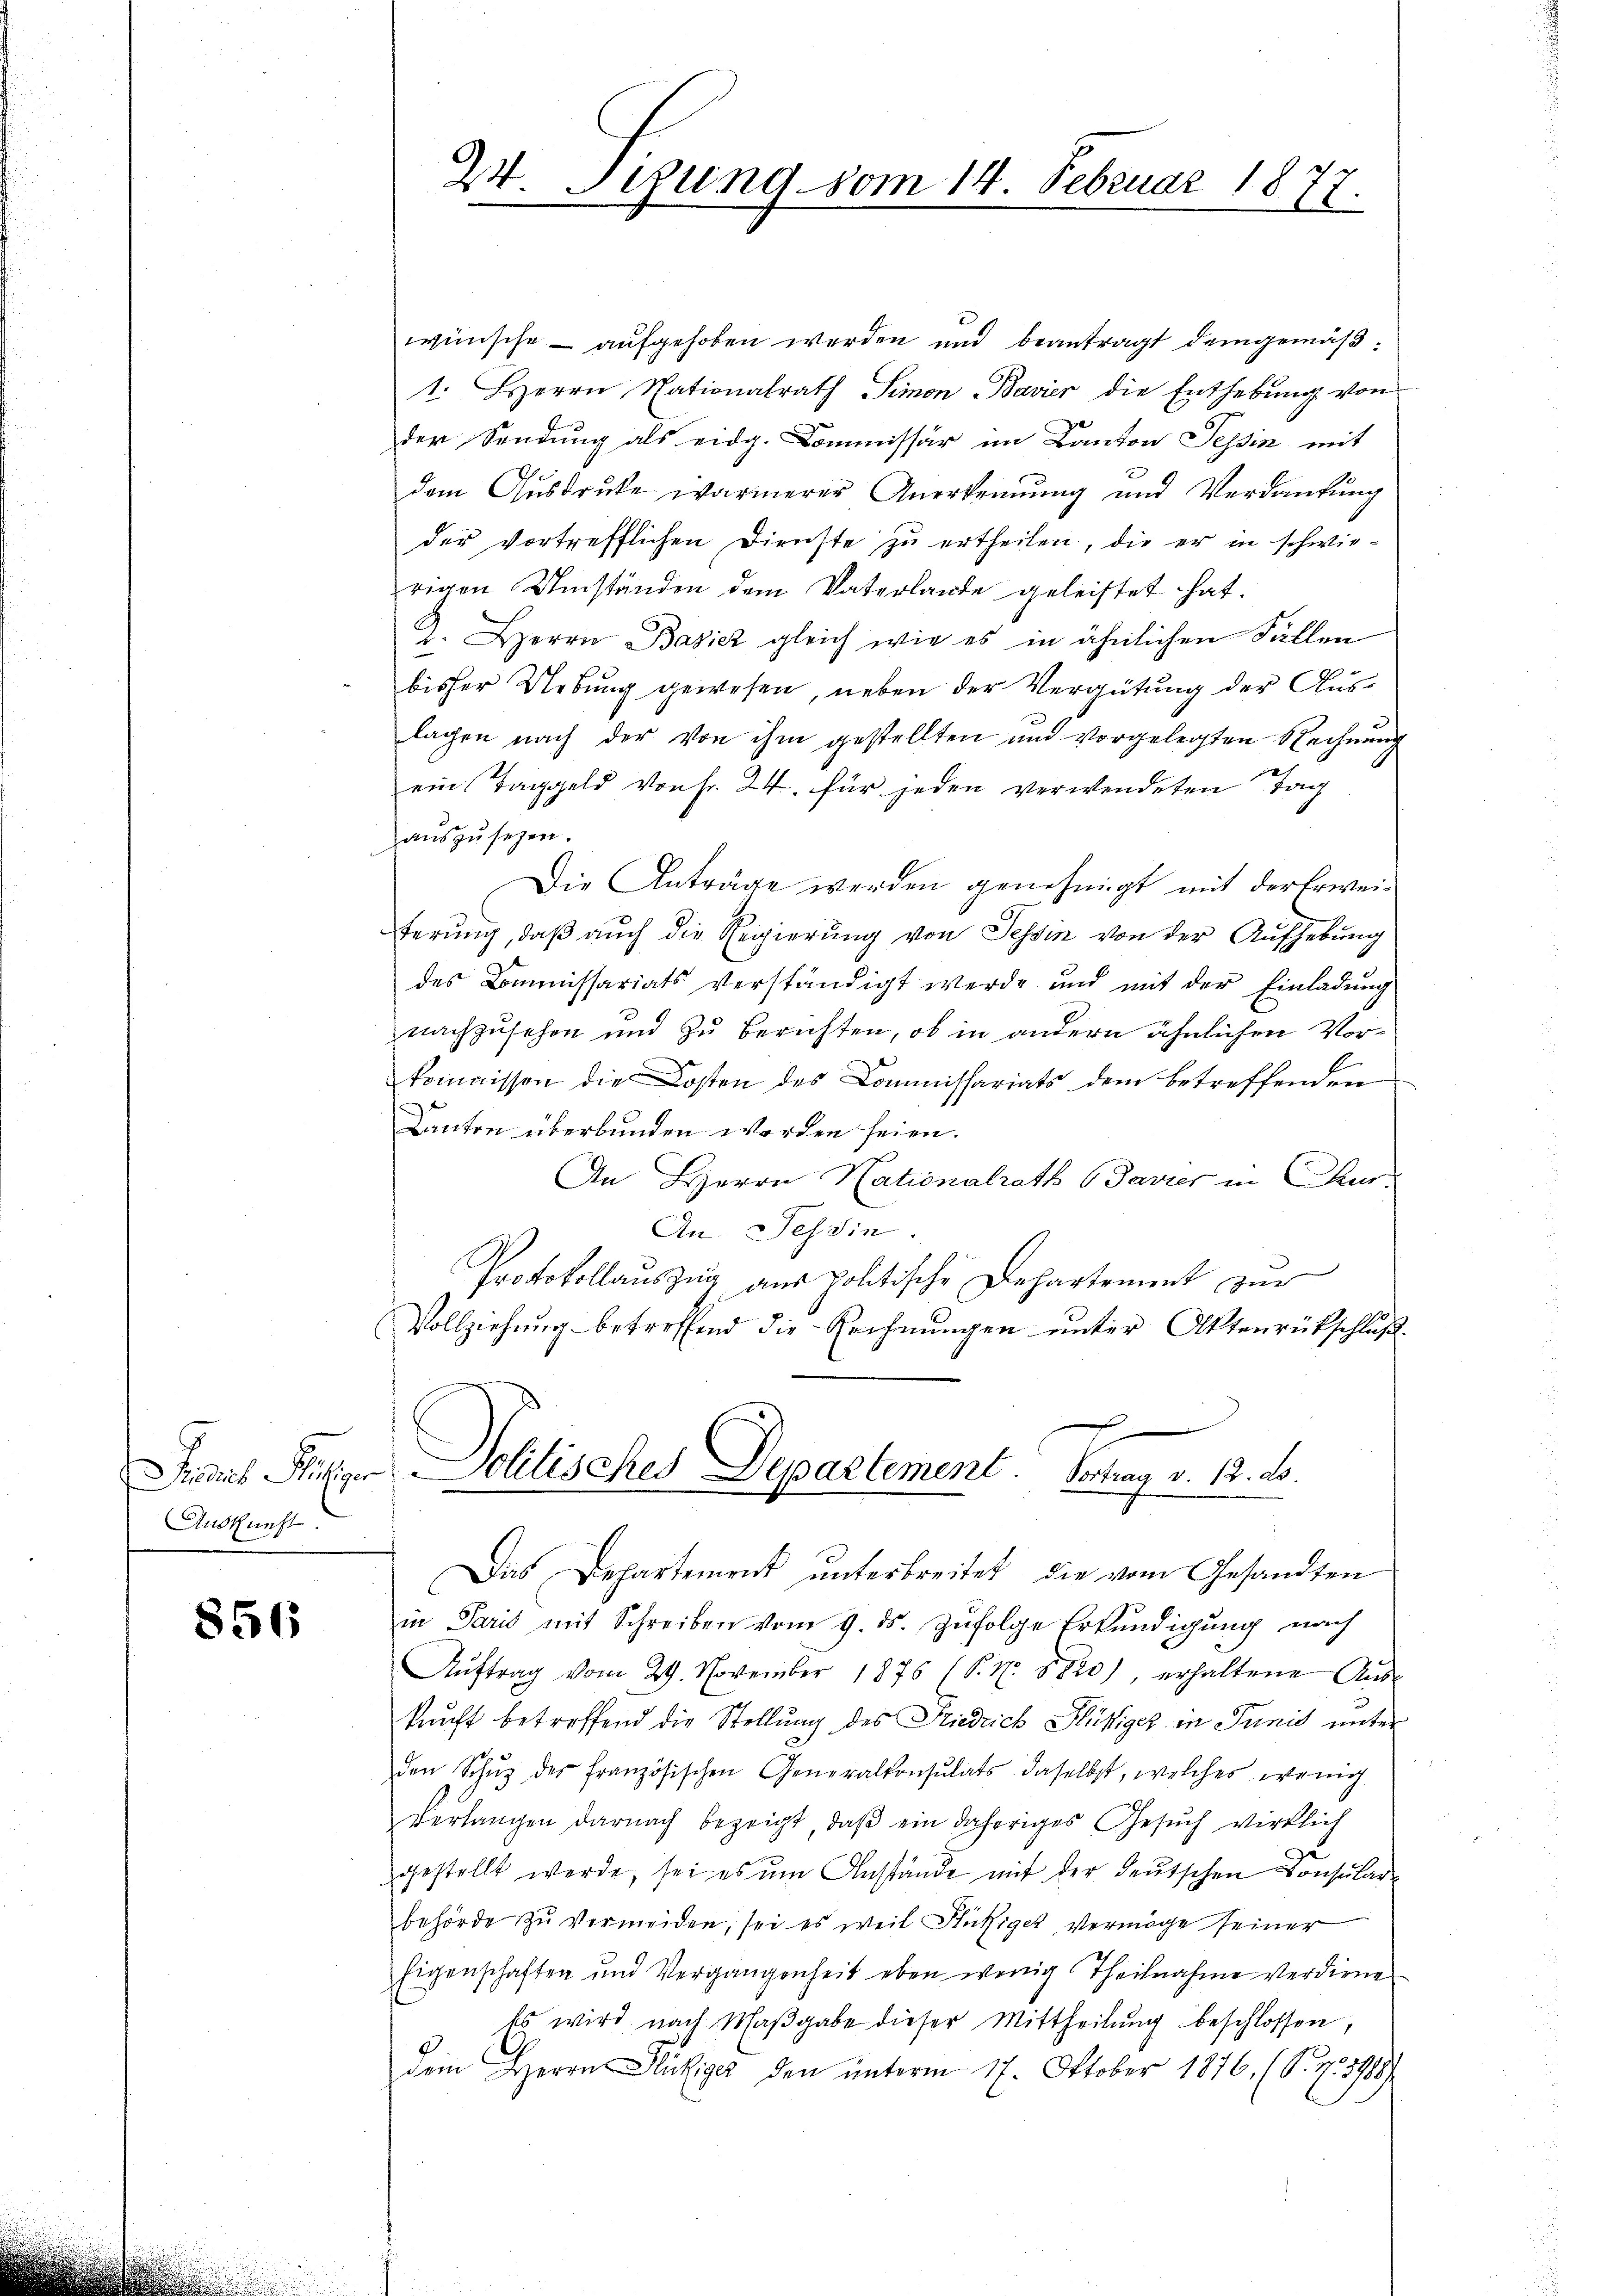
Auskunft

856

wünsche - aufgehoben werden und beantragt demgemäß¬
1. Herrn Nationalrath Simon Bavier die Enthebŭng von
der Sendung als eidg. Commissär im Kanton Tessin mit
dem Ausdrucke wärmerer Anerkennung und Verdankung
der vortrefflichen Dienste zu ertheilen, die er in schwierigen Umständen dem Vaterlande geleistet hat.
J. Herrn Basicz gleich wie es in ähnlichen Fällen
bisher Uebung gewesen, neben der Vergütung der Auslagen nach der von ihm gestellten und vorgelegten Rechnung
ein Taggeld von Fr. 24. für jeden verwendeten Tag
aŭszŭsehen.
Die Anträge werden genehmigt mit der Erweiterung, daß auch die Regierung von Tessin von der Aufhebung
des Commissariats verständigt werde und mit der Einladŭng
nachzusehen und zu berichten, ob in andern ähnlichen Vorkommnisson die Kosten des Commissariats dem betreffenden
¬
Banten überbunden werden seien.
An HHerrn Nationalrath Gavier in Chur-
An. Ich die
Protokollauszug aus politische Departement zur
Vollziehung betreffend die Rechnungen unter Aktenrütschluß
Jesus Flusser Politisches Departement Vertrag v. 12. ds.
Das Departement ŭnterbreitet die vom Gesandten
in Paris mit Schreiben vom 9. ds. zufolge Erkundigung nach
Aŭftrag vom 29. November 1876 (S. Nr. 8820), erhaltene Aŭs-
kunft betreffend die Stellung des Stiedrich Flüßiger in Junis unter
den Schŭz der französischen Generalkonsulats daselbst, welches ereinig
verlangen darnach bezeigt, daβ ein daheriges Gesŭch wirklich
e
gestellt werde, sei es um Anstände mit der deutschen Consular-
behörde zu vermeiden, sei es weil Stutzige, vermöge seiner
Eigenschaften und Vergangenheit eben wenig Theilnahme verdiene
Es wird nach Maβgabe dieser Mittheilŭng beschlossen,
dem Herrn Dickiger den unterm 17. Oktober 1876. (S. 733789/

24. Sitzung vom 14. Februar 1877.